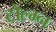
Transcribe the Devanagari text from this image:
टोल्म्न